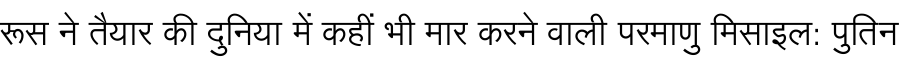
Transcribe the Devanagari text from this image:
रूस ने तैयार की दुनिया में कहीं भी मार करने वाली परमाणु मिसाइल: पुतिन